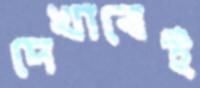
দেখাবেই